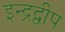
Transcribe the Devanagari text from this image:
इन्द्रद्वीप